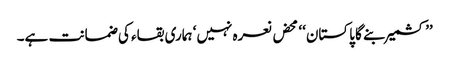
’’کشمیر بنے گا پاکستان‘‘ محض نعرہ نہیں‘ ہماری بقاء کی ضمانت ہے۔